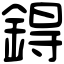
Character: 鍀